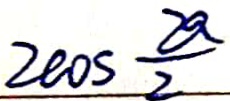
2 \cos \frac { 2 a } { 2 }